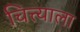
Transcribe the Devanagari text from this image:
चित्त्याला